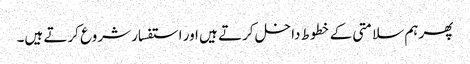
پھر ہم سلامتی کے خطوط داخل کرتے ہیں اور استفسار شروع کرتے ہیں۔